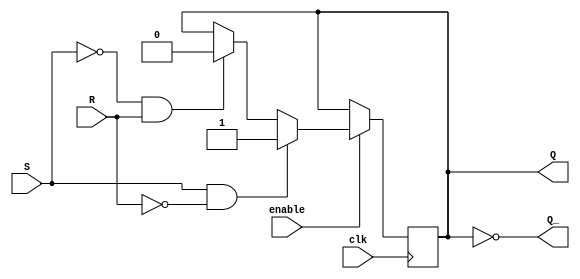
module gated_sr_flip_flop (
    input wire clk,
    input wire enable,
    input wire S,
    input wire R,
    output reg Q,
    output reg Q_
);

always @(posedge clk) begin
    if (enable) begin
        if (S && !R)
            Q <= 1;
        else if (!S && R)
            Q <= 0;
    end
end

assign Q_ = ~Q;

endmodule